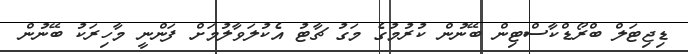
ޑިޖިޓަލް ބްރޯޑްކާސްޓިން ބޭނުން ކުރުމުގެ މަގު ޗާޓު އެކުލަވާލުމަށް ފަންނީ މާހިރަކު ބޭނުން